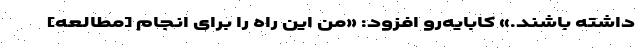
داشته باشند.» کابایه‌رو افزود: «من این راه را برای انجام [مطالعه]